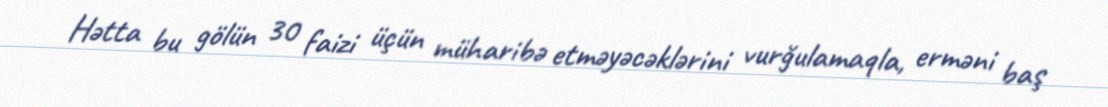
Hətta bu gölün 30 faizi üçün müharibə etməyəcəklərini vurğulamaqla, erməni baş